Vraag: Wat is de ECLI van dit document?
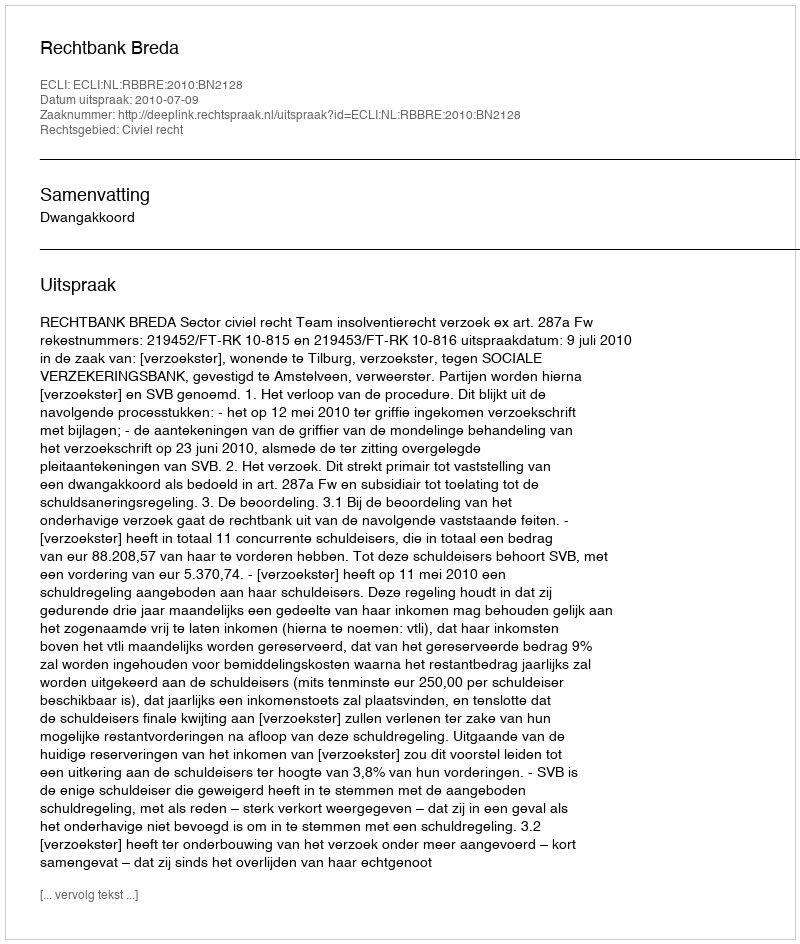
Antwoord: ECLI:NL:RBBRE:2010:BN2128